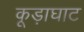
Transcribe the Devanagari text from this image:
कूड़ाघाट